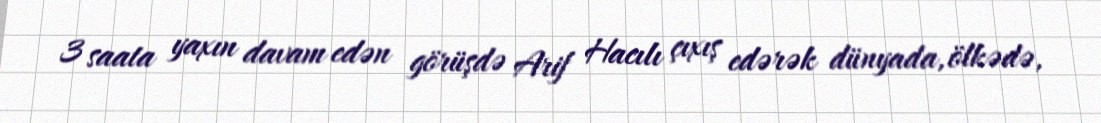
3 saata yaxın davam edən görüşdə Arif Hacılı çıxış edərək dünyada, ölkədə,